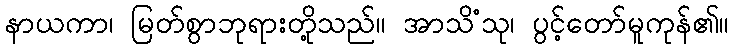
နာယကာ၊ မြတ်စွာဘုရားတို့သည်။ အာသိံသု၊ ပွင့်တော်မူကုန်၏။